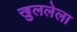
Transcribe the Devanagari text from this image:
खुललेला